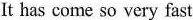
It has come so very fast